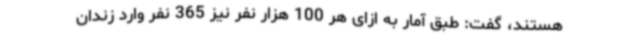
هستند، گفت: طبق آمار به ازای هر 100 هزار نفر نیز 365 نفر وارد زندان